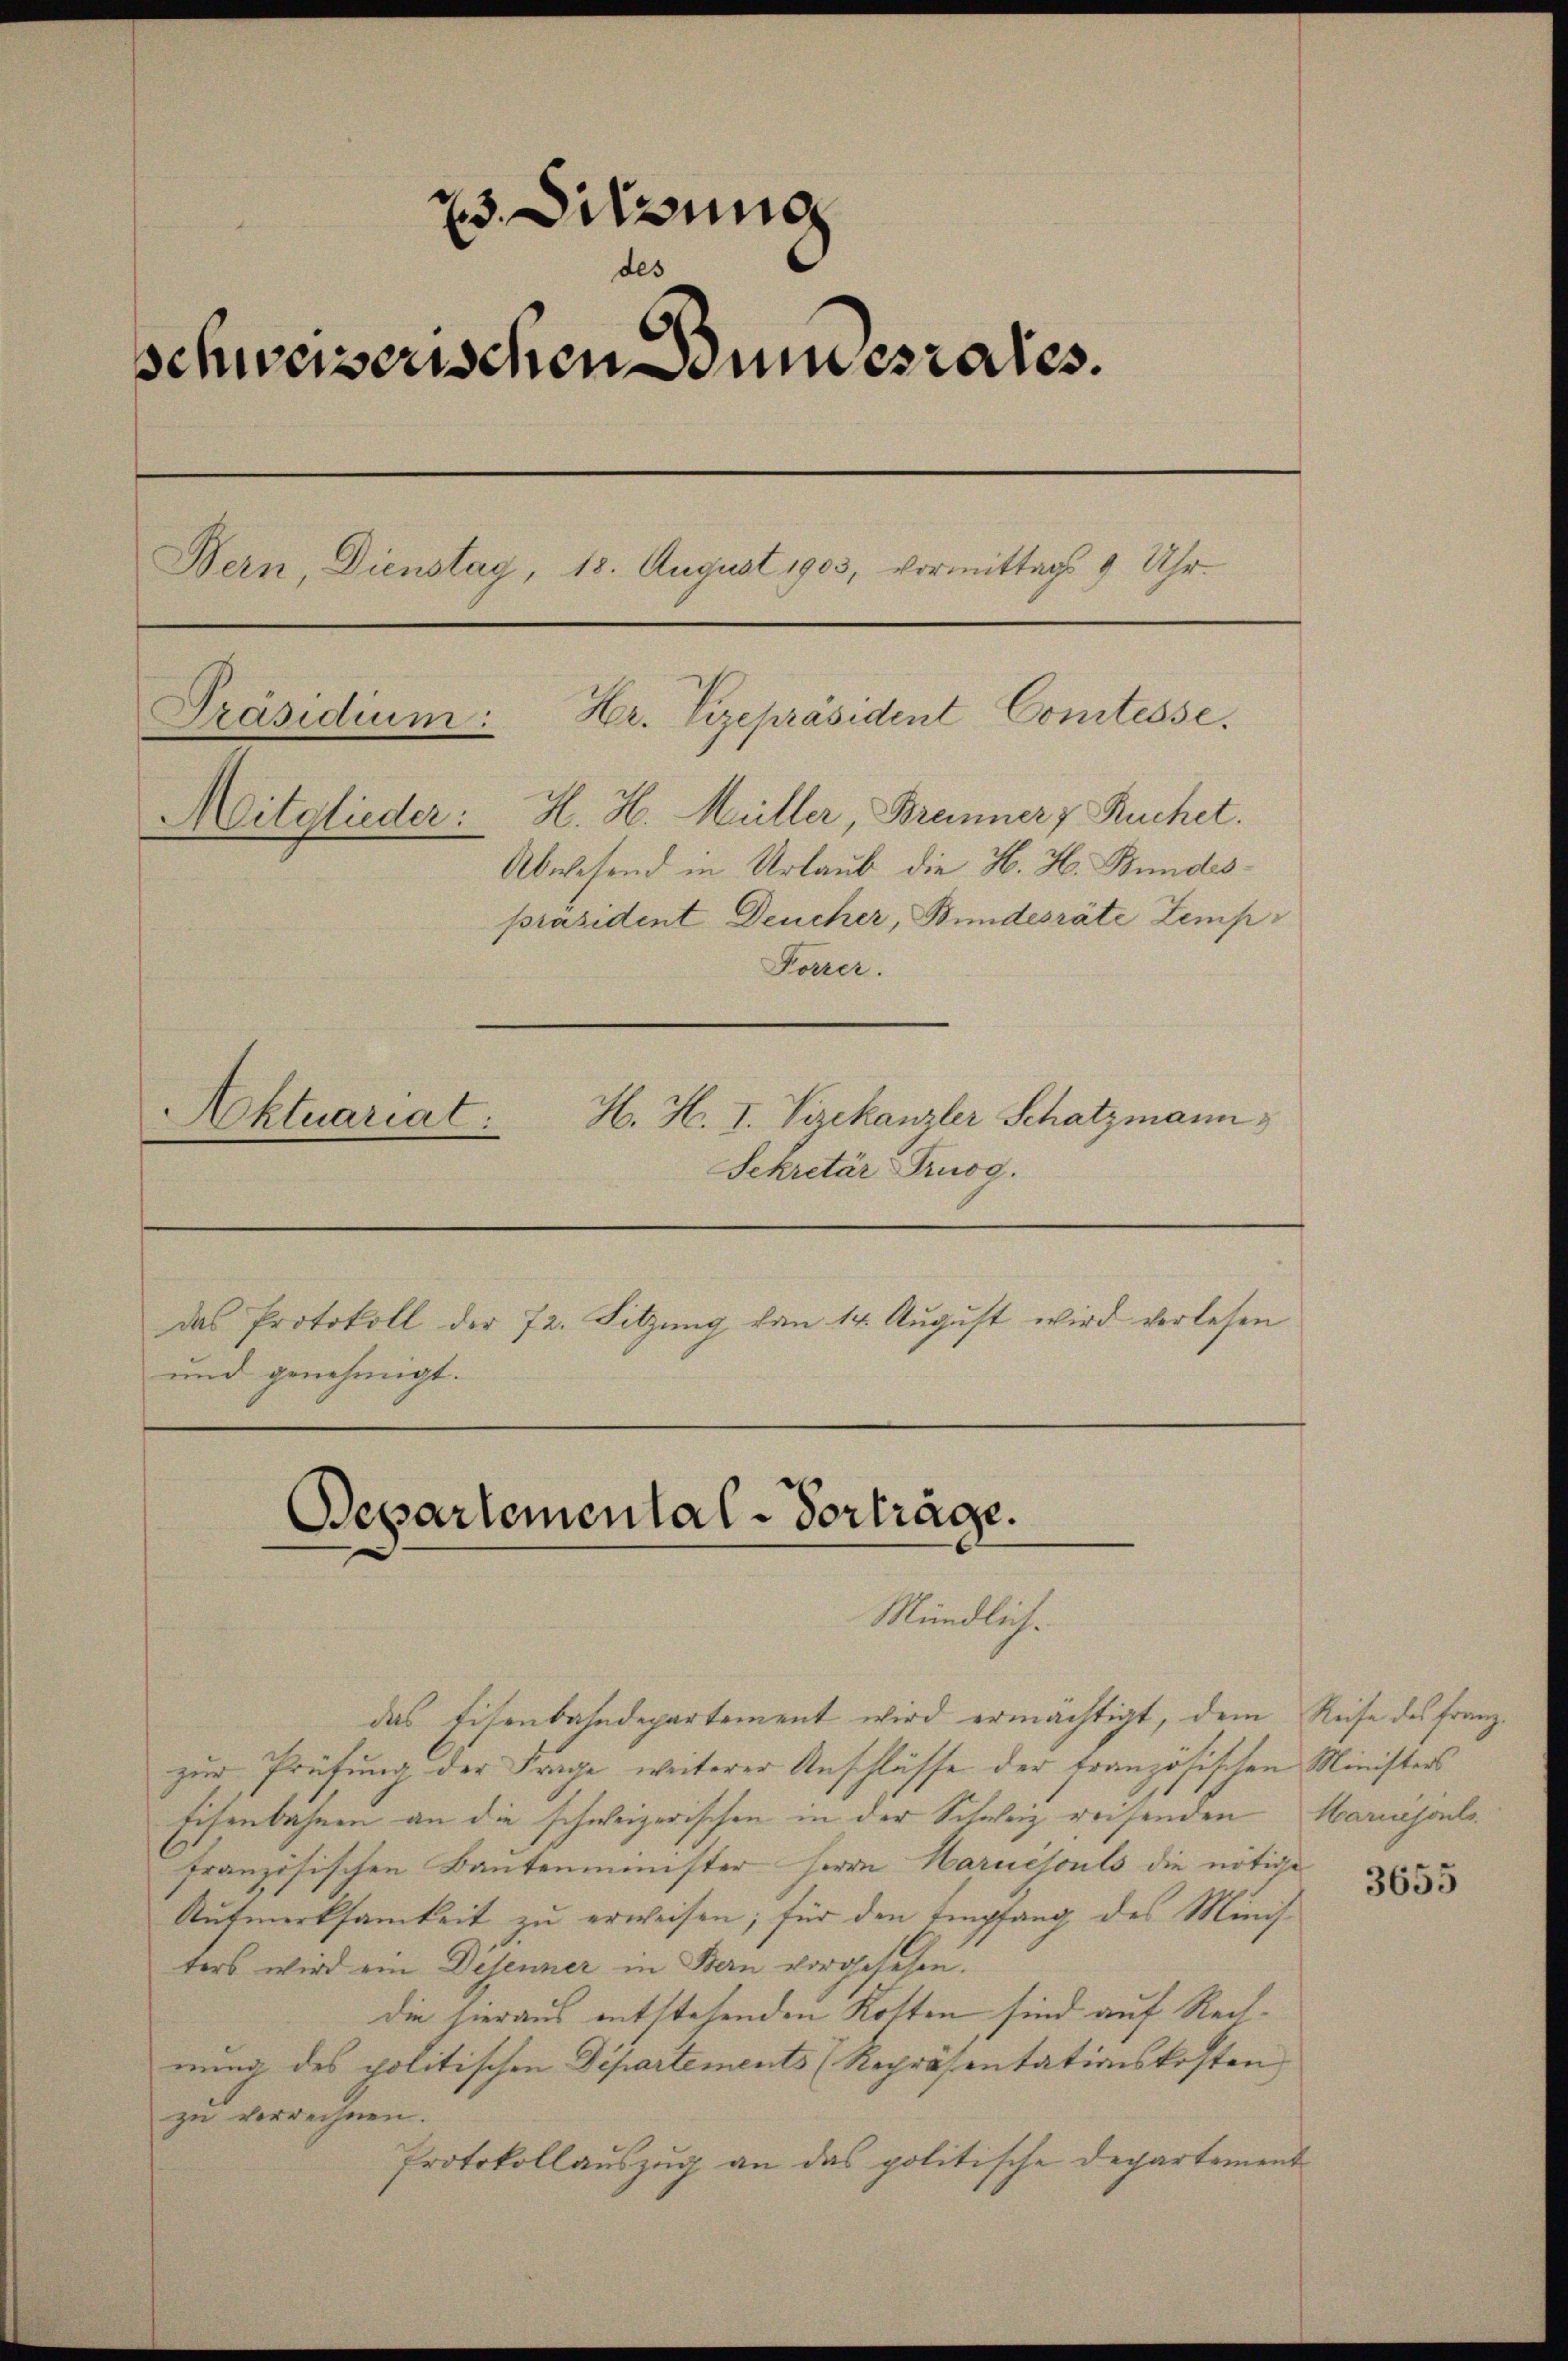
23. Sitzung
des
schweizerischen Bundesrates.
Bern, Dienstag, 18. August 1903, vormittags 9 Uhr.
Hr. Vizepräsident Comtesse.
Präsidium:
H. H. Müller, Brenner v Ruchet.
Mitglieder:
.
Abwesend in Urlaub die H. H. Bundespräsident Deucher, Bundesräte Zemp
Forrer.
H. H. I. Vizekanzler Schatzmann
Aktuariat:

Sekretär Truog.

und genehmigt.

das Eisenbahndepartement wird ermächtigt, dem Reise des Franzzur Prüfung der Frage weiterer Anschlüsse der französischen Ministers
Eisenbahnen an die schweizerischen in der Schweiz reisenden
französischen Bautenmenster Herrn Haruclouls die nötige
Aufmerksamkeit zu erweisen; für den Empfang des Ministers wird ein Disenner in Bern vorgesehen.
die hieraus entstehenden Kosten sind auf Rechnung des politischen Departements Repräsentationskosten
zu verrechnen.
Protokollauszug an das politische Departement

das Protokoll der 72. Sitzung von 14. August wird verlesen

Departemental-Vorträge.
—
Mündlich.

Harnisol

3655